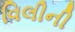
વિલીની